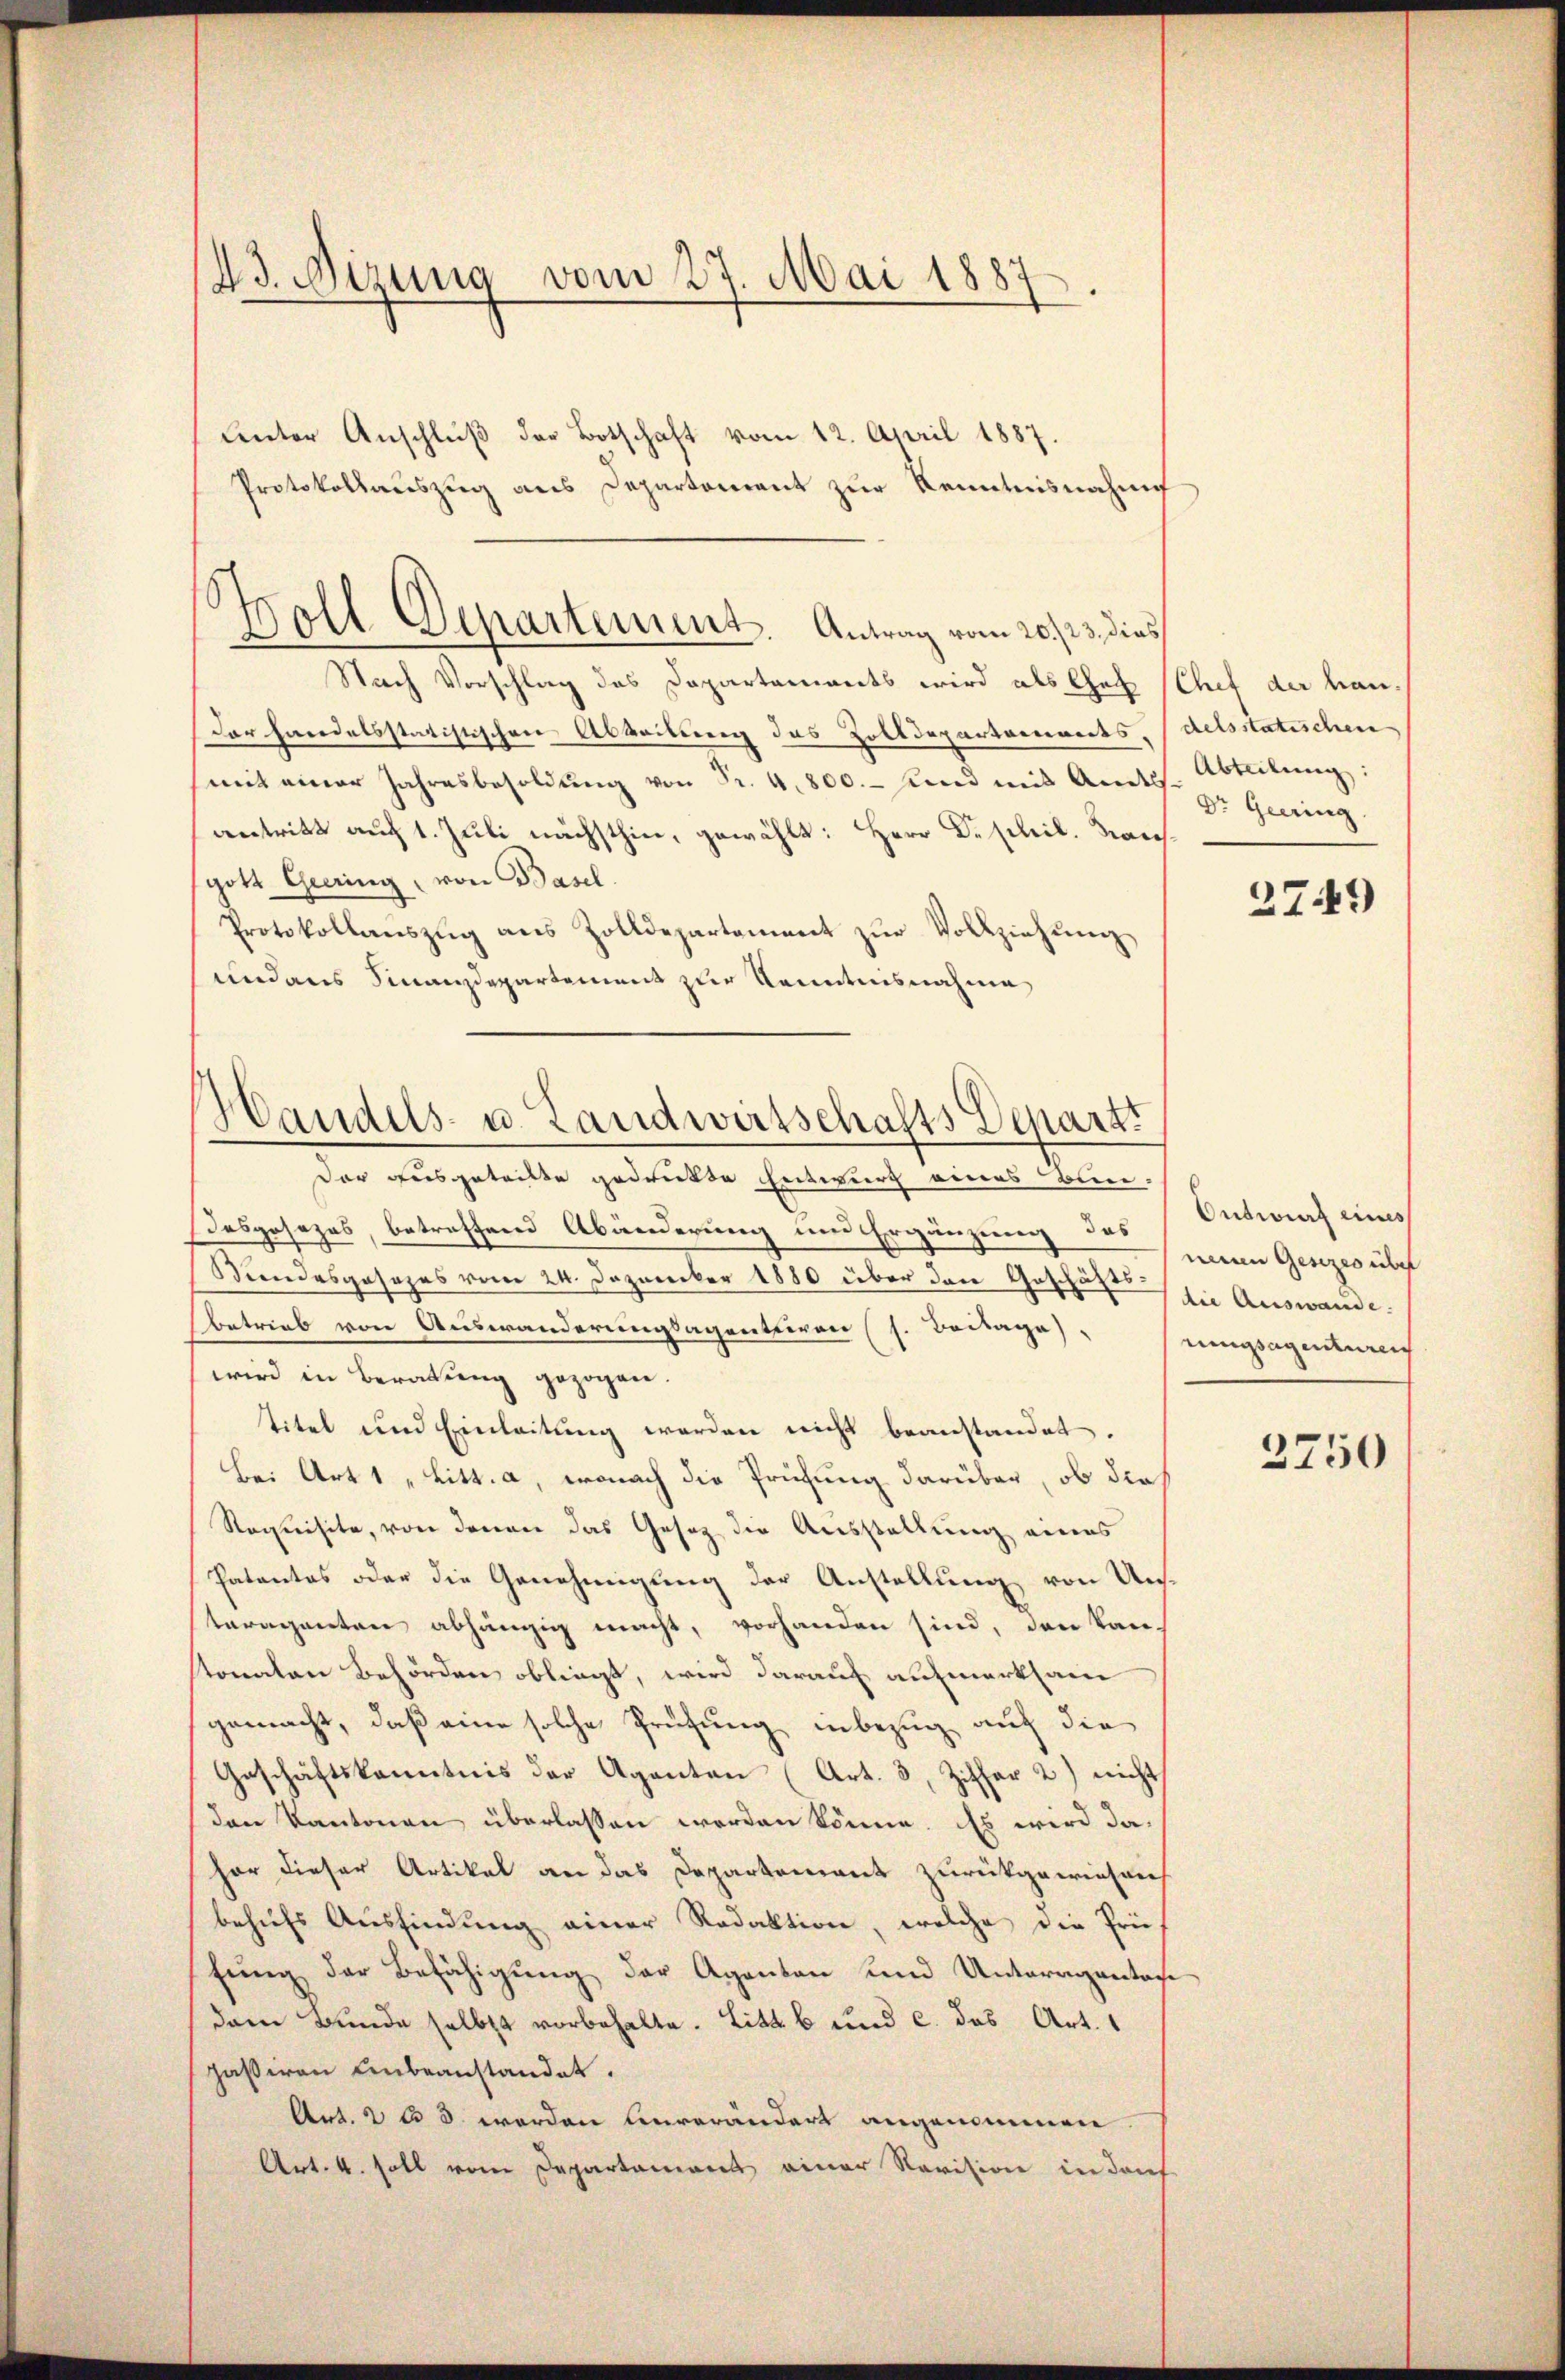
23. Nizung vom 27. Mai 1887

Protokollauszug aus Departonrent zur Kenntnisnahmef

Nach Vorschlag das Dapartements wird als Chef (Chef der han-
Der handelsstatistischen Abbeitung des Zolldepartements, delsstatischen
mit einer Jahresbesoldŭng von Fr. 4800.- und mit Amtss. Abteilung:
antritt auf 1. Juli nächsthin, gewählt: Herr Dr. schil. Kangott Geering, von Basel.
Protokollauszug aus Zolldepartement zur Vollziehung
und aus Finanzdepartement zur Kenntnisnahme
Der ausgetritte gedrukte Entwurf eines Bun-
Desposezes, betreffend Abänderung und Ergänzung des
Kindesgesezes vom 24. Dezember 1880 über den Geschäfts sie Auswande.
betrieb von Auswanderungsagentiven (s. Beilage).
wird in Beratung gezogen.
titel und Einleitung worden nicht beanstandet.
Bei Art 1 „Litt. a, wonach die Prüfung darüber, ob dies
Requisite, von denen das Gesetz die Ausstellung eines
Patentes oder die Genehmigung der Anstellung von Unteragenten abhängig macht, vorhanden sind, den kan-
tonaten Behörden obliegt, wird darauf aufmerksam
gemacht, daß eine solche Prüfung inbezug auf die
Geschäftskanntnis der Aganten (Art. 3, Ziffer 2) nicht
den Kantonen überlassen worden könne. Es wird dahar dieser Artikel an das Departement zurückgewiesen
behufs Ausfindung einer Redaktion, welche die Prü-
fŭng der Befähigung der Agenten und Unteragantage
dann Bunde selbst vorbehalte. Litt. b und c. das Art.
passiven unbeanstandet.
Art. 2 u 3 werden Unverändert angenommen.
Art. 4. soll vom Departement einer Revision in darf

.
Holl Departement. Antrag vom 20./23. dies

unter Anschluß der Botschaft vom 12. April 1887.

Handels- u. Landwirtschafts Depart

Dr. Geering

2749)

Ontwurf eines
neuen Gesezes über
ungsagenturen

3750